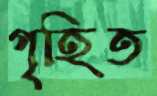
গৃহিত